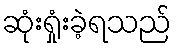
ဆုံးရှုံးခဲ့ရသည်